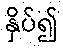
နှိပ်၍